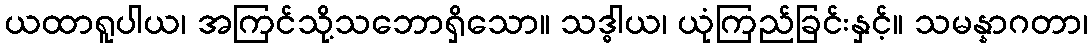
ယထာရူပါယ၊ အကြင်သို့သဘောရှိသော။ သဒ္ဓါယ၊ ယုံကြည်ခြင်းနှင့်။ သမန္နာဂတာ၊